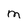
Character: M